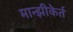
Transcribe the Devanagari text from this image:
मान्झीकेर्त